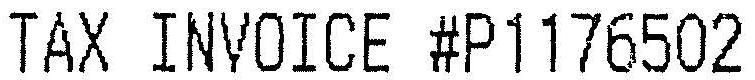
TAX INVOICE #P1176502